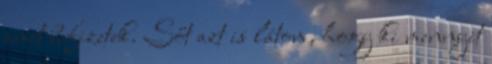
amit befizetek. Sőt azt is látom, hogy ki mennyit